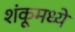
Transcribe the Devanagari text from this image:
शंकूमध्ये